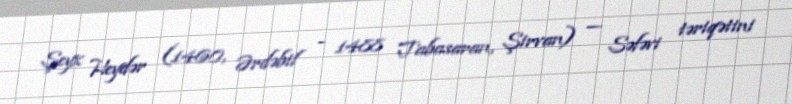
Şeyx Heydər (1460, Ərdəbil - 1488 Tabasaran, Şirvan) — Səfəvi təriqətini